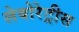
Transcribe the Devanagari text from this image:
लेबोरेट्रीस